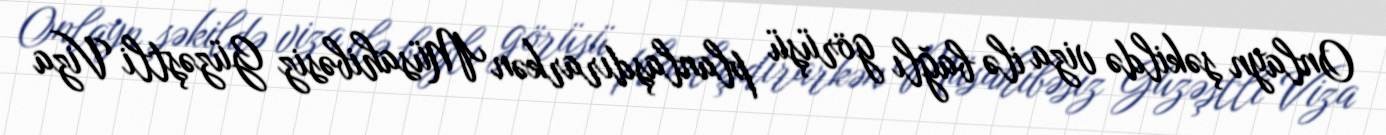
Onlayn şəkildə viza ilə bağlı görüşü planlaşdırarkən Müsahibəsiz Güzəştli Viza